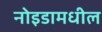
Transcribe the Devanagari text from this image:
नोइडामधील